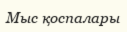
Мыс қоспалары